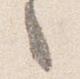
之